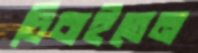
চিবাইতেন